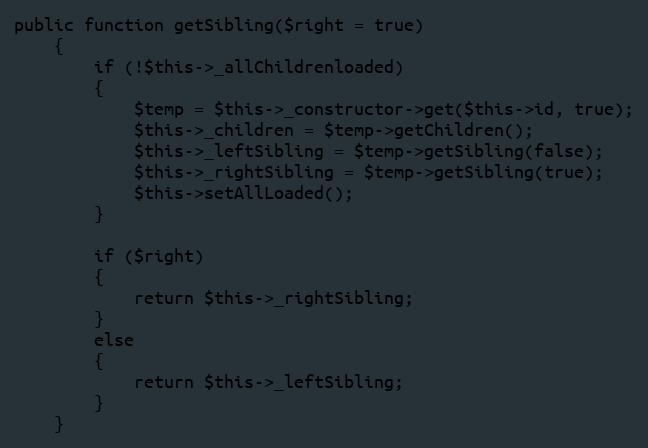
Language: PHP
public function getSibling($right = true)
	{
		if (!$this->_allChildrenloaded)
		{
			$temp = $this->_constructor->get($this->id, true);
			$this->_children = $temp->getChildren();
			$this->_leftSibling = $temp->getSibling(false);
			$this->_rightSibling = $temp->getSibling(true);
			$this->setAllLoaded();
		}

		if ($right)
		{
			return $this->_rightSibling;
		}
		else
		{
			return $this->_leftSibling;
		}
	}